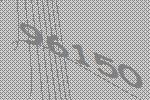
96150